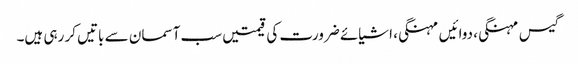
گیس مہنگی، دوائیں مہنگی، اشیائے ضرورت کی قیمتیں سب آسمان سے باتیں کر رہی ہیں۔